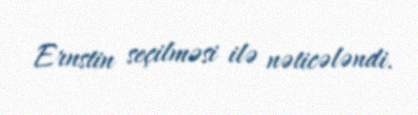
Ernstin seçilməsi ilə nəticələndi.